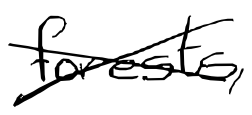
Text: forests,
Cross-out: cross
Writing tool: digital_black